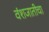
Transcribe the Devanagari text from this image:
वंशजातीचा